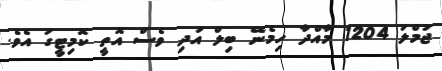
ޖުމްލަ 1204 މާއްދާ ހިމެނޭ ބިލް އަދި ވެސް އޮތީ ކޮމިޓީގަ އެވެ.